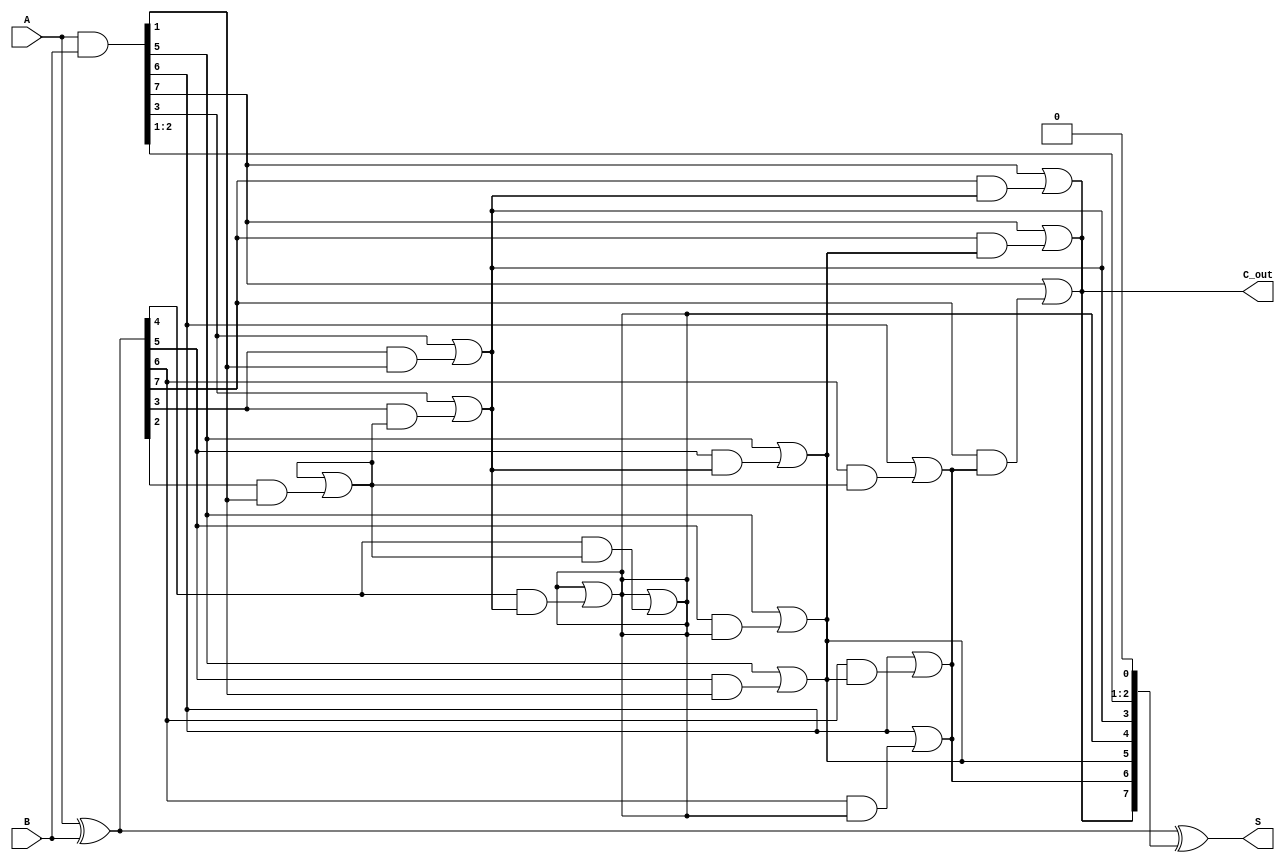
module KoggeStoneAdder #(parameter N = 8) (
    input  [N-1:0] A,
    input  [N-1:0] B,
    output [N-1:0] S,
    output         C_out
);

    // Generate and propagate signals
    wire [N-1:0] G; // Generate signals
    wire [N-1:0] P; // Propagate signals
    wire [N-1:0] C; // Carry signals

    // Calculate generate and propagate
    assign G = A & B;
    assign P = A ^ B;

    // Stage 0: Initialize carry signals
    assign C[0] = 1'b0; // C[-1] is considered 0

    // Kogge-Stone logic: Carry computation
    genvar i, k;
    generate
        // Compute carry signals for each stage
        for (k = 0; k < $clog2(N); k = k + 1) begin : carry_stage
            for (i = 0; i < N; i = i + 1) begin : carry_gen
                if (i >= (1 << k)) begin
                    assign C[i] = G[i] | (P[i] & C[i - (1 << k)]);
                end
            end
        end
    endgenerate

    // Final carry out
    assign C_out = C[N-1];

    // Sum computation
    assign S = P ^ C;

endmodule